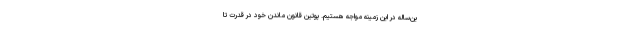
ین‌ساله در این زمینه مواجه هستیم. پوتین قانون ماندن خود در قدرت تا